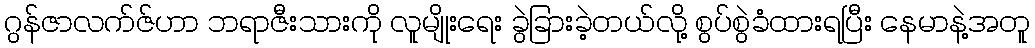
ဂွန်ဇာလက်ဇ်ဟာ ဘရာဇီးသားကို လူမျိုးရေး ခွဲခြားခဲ့တယ်လို့ စွပ်စွဲခံထားရပြီး နေမာနဲ့အတူ